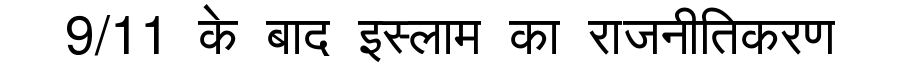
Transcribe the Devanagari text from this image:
9/11 के बाद इस्लाम का राजनीतिकरण